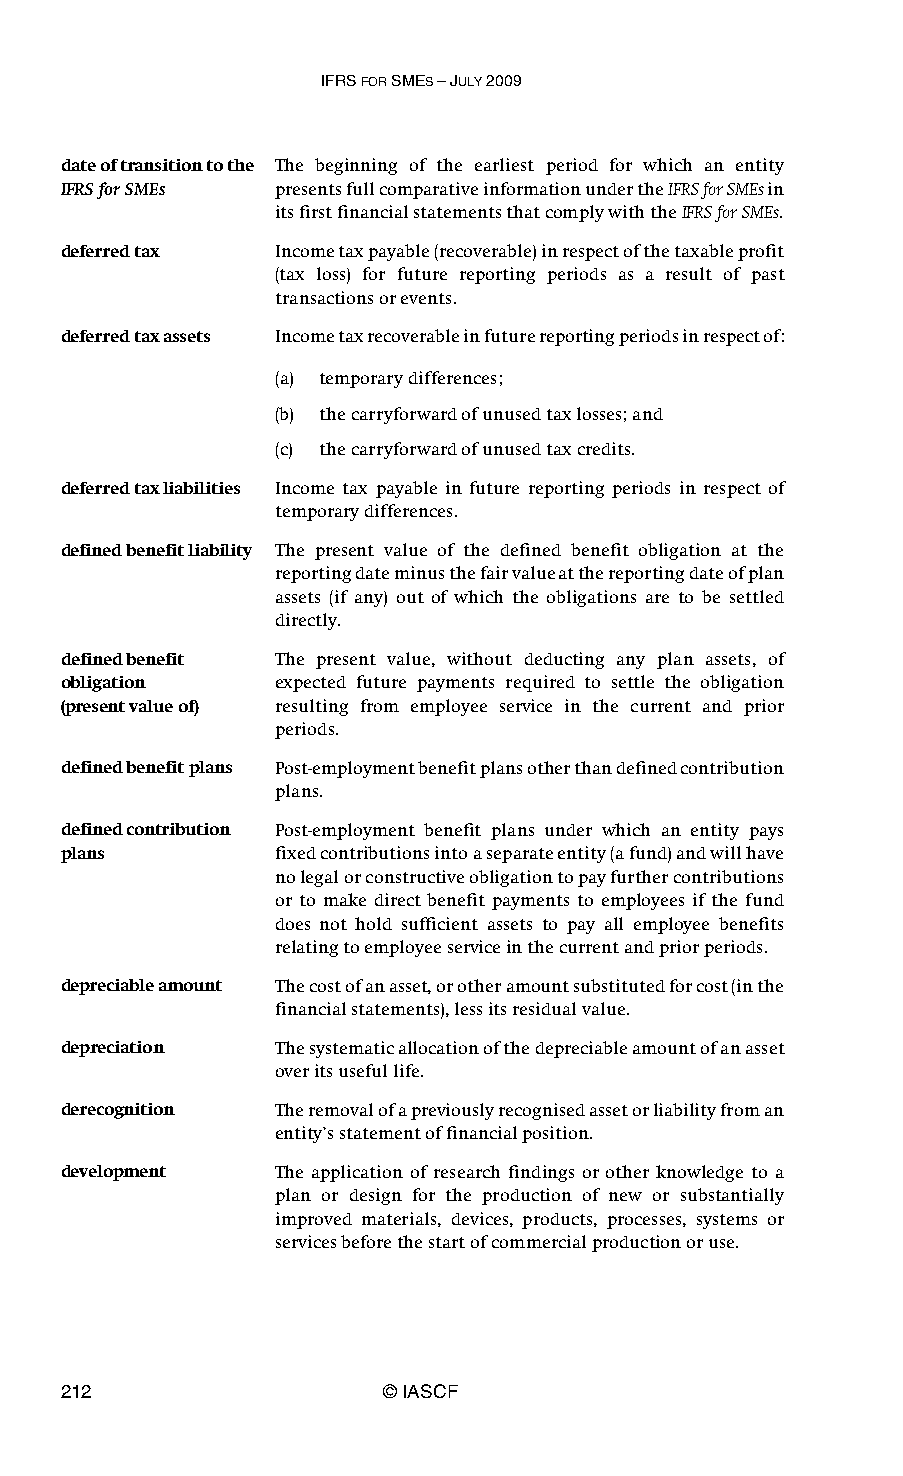
IFRS FOR SMES – JULY 2009
 date of transition to the The beginning of the earliest period for which an entity
 IFRS for SMEs presents full comparative information under the IFRS for SMEs in
 its first financial statements that comply with the IFRS for SMEs.
 deferred tax  Income tax payable (recoverable) in respect of the taxable profit
 (tax loss) for future reporting periods as a result of past
 transactions or events.
 deferred tax assets Income tax recoverable in future reporting periods in respect of:
 (a) temporary differences;
 (b) the carryforward of unused tax losses; and
 (c) the carryforward of unused tax credits.
 deferred tax liabilities Income tax payable in future reporting periods in respect of
 temporary differences.
 defined benefit liability The present value of the defined benefit obligation at the
 reporting date minus the fair value at the reporting date of plan
 assets (if any) out of which the obligations are to be settled
 directly.
 defined benefit The present value, without deducting any plan assets, of
 obligation    expected future payments required to settle the obligation
 (present value of) resulting from employee service in the current and prior
 periods.
 defined benefit plans Post-employment benefit plans other than defined contribution
 plans.
 defined contribution Post-employment benefit plans under which an entity pays
 plans         fixed contributions into a separate entity (a fund) and will have
 no legal or constructive obligation to pay further contributions
 or to make direct benefit payments to employees if the fund
 does not hold sufficient assets to pay all employee benefits
 relating to employee service in the current and prior periods.
 depreciable amount The cost of an asset, or other amount substituted for cost (in the
 financial statements), less its residual value.
 depreciation  The systematic allocation of the depreciable amount of an asset
 over its useful life.
 derecognition The removal of a previously recognised asset or liability from an
 entity’s statement of financial position.
 development   The application of research findings or other knowledge to a
 plan or design for the production of new or substantially
 improved materials, devices, products, processes, systems or
 services before the start of commercial production or use.
 212                   © IASCF